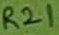
Text: R21